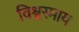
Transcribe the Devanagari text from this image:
विश्वस्माय